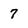
Character: 7